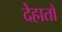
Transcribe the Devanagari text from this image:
देहातो